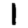
Digit: 1